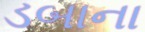
ડબાના